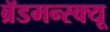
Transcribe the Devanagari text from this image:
ब्रॅडमन्स्क्यू